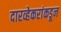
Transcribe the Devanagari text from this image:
दारव्हेकरांकडून